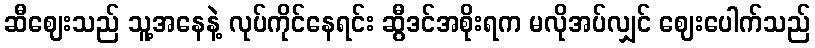
ဆီဈေးသည် သူ့အနေနဲ့ လုပ်ကိုင်နေရင်း ဆွီဒင်အစိုးရက မလိုအပ်လျှင် ဈေးပေါက်သည်